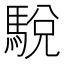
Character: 駾